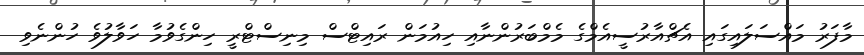
މާފަރު މައްސަލައިގައި އެޗްއާރުސީއެމްގެ މެމްބަރުންނާއި ހިއުމަން ރައިޓްސް މިނިސްޓްރީ ހިންގެވުމާ ހަވާލުވެ ހުންނެވި